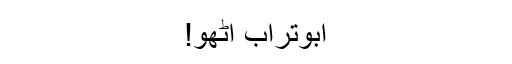
ابوتراب اٹھو!